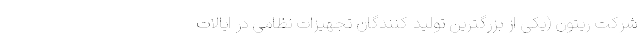
شرکت ریتون (یکی از بزرگترین تولید کنندگان تجهیزات نظامی در ایالات